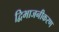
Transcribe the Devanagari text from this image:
द्विभाजनीकरण